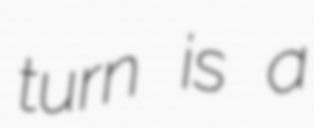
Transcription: turn is a